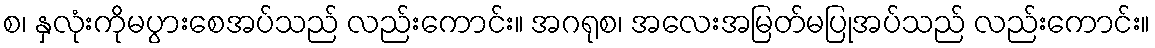
စ၊ နှလုံးကိုမပွားစေအပ်သည် လည်းကောင်း။ အဂရုစ၊ အလေးအမြတ်မပြုအပ်သည် လည်းကောင်း။